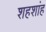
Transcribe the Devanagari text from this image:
शहशांह